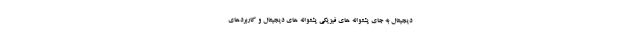
دیجیتال به جای پشتوانه های فیزیکی پشتوانه های دیجیتال و کاربردهای